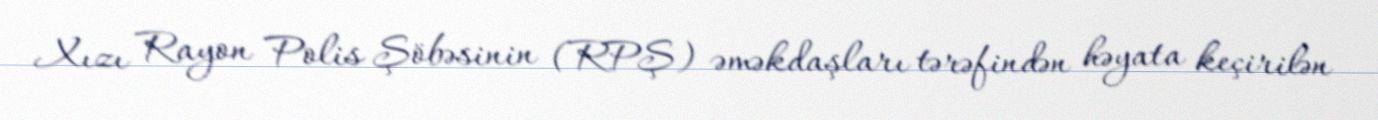
Xızı Rayon Polis Şöbəsinin (RPŞ) əməkdaşları tərəfindən həyata keçirilən